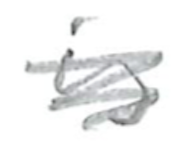
Text: is
Cross-out: scratch
Writing tool: pencil